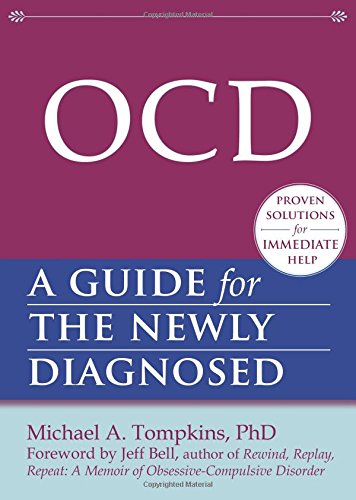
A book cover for OCD: A Guide for the Newly Diagnosed (The New Harbinger Guides for the Newly Diagnosed Series); Michael A. Tompkins PhD; Health, Fitness & Dieting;